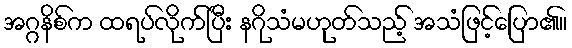
အဂ္ဂနိစ်က ထရပ်လိုက်ပြီး နဂိုသံမဟုတ်သည့် အသံဖြင့်ပြော၏။